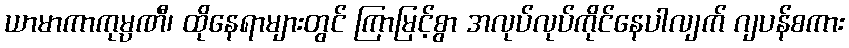
ယာမာကာကုမ္ပဏီ၊ ထိုနေရာများတွင် ကြာမြင့်စွာ အလုပ်လုပ်ကိုင်နေပါလျက် ဂျပန်စကား